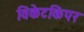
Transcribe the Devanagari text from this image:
विकेटकिपर